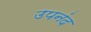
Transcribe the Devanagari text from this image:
उपनंद